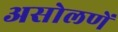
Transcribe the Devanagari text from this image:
असोलणें